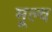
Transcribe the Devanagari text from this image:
मूल्व